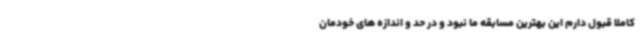
کاملا قبول دارم این بهترین مسابقه ما نبود و در حد و اندازه های خودمان